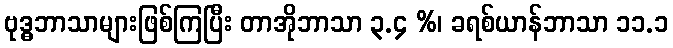
ဗုဒ္ဓဘာသာများဖြစ်ကြပြီး တာအိုဘာသာ ၃.၄ %၊ ခရစ်ယာန်ဘာသာ ၁၁.၁